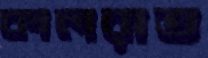
কালরাত